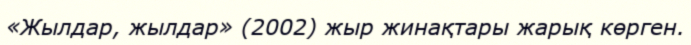
«Жылдар, жылдар» (2002) жыр жинақтары жарық көрген.